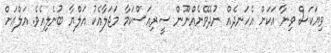
ވިޔަކަސް ވިނާ އަކަށް އެހަނދެއް ނުދެވޭނެއްނޫން ސީރިއަސްކަމާ މަޖަލާއެކު އަލްޔާ ބުނެލިއެވެ. އަލްއަށް